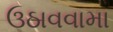
ઉઠાવવામા